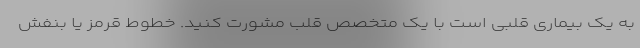
به یک بیماری قلبی است با یک متخصص قلب مشورت کنید. خطوط قرمز یا بنفش